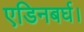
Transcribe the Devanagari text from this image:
एडिनबर्घ।